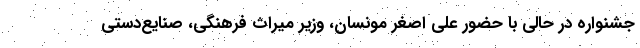
جشنواره در حالی با حضور علی اصغر مونسان، وزیر میراث فرهنگی، صنایع‌دستی